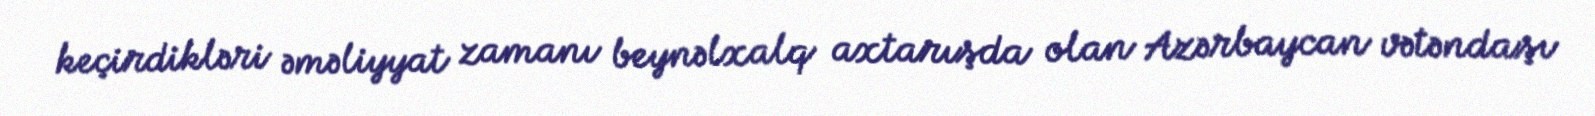
keçirdikləri əməliyyat zamanı beynəlxalq axtarışda olan Azərbaycan vətəndaşı